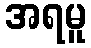
အရမူ